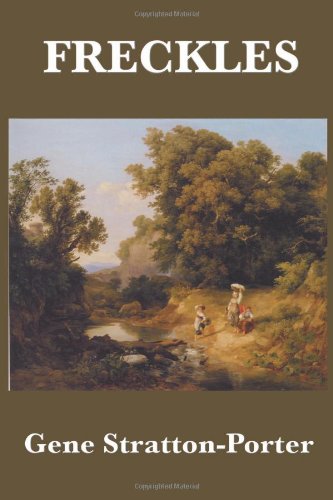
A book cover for Freckles; Gene Stratton-Porter; Romance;